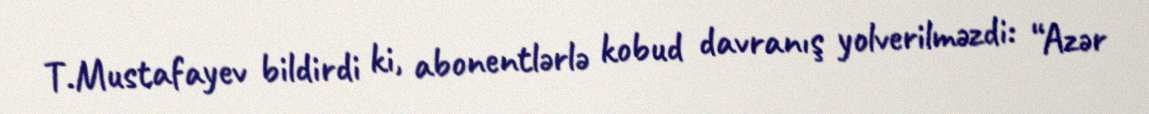
T.Mustafayev bildirdi ki, abonentlərlə kobud davranış yolverilməzdi: “Azər